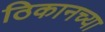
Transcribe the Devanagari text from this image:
ठिकानच्या